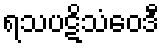
ရသပဋိသံဝေဒီ